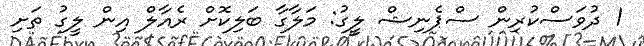
1 ދުވަަސްކުރިން ސްޕެނިޝް ލީގު: މަލާގާ ބަލިކޮށް ރެއާލް އިން ލީގު ތަށި